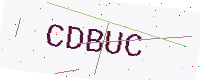
Text: CDBUC